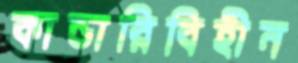
কান্ডারিবিহীন